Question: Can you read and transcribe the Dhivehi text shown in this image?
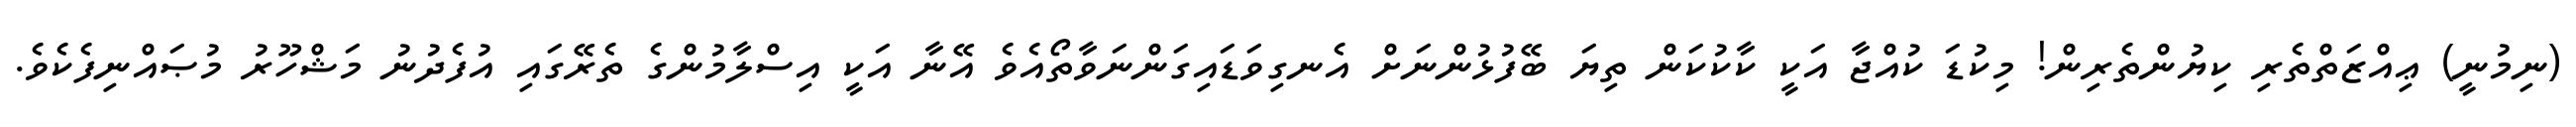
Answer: (ނިމުނީ) ޢިއްޒަތްތެރި ކިޔުންތެރިން! މިކުޑަ ކުއްޖާ އަކީ ކާކުކަން ތިޔަ ބޭފުޅުންނަށް އެނގިވަޑައިގަންނަވާތޯއެވެ އޭނާ އަކީ އިސްލާމުންގެ ތެރޭގައި އުފެދުނު މަޝްހޫރު މުޞައްނިފެކެވެ.